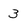
Character: 3